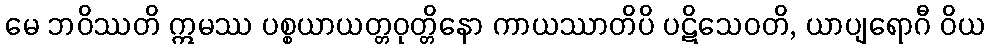
မေ ဘဝိဿတိ ဣမဿ ပစ္စယာယတ္တဝုတ္တိနော ကာယဿာတိပိ ပဋိသေဝတိ, ယာပျရောဂီ ဝိယ